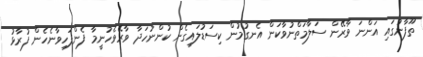
ތޫފާނުގައި އަންނަ ވާރޭން ސަލާމަތްނުވާކަން އެނގުމުން ކިސަޑުލައިގެން ކުންނުހަދާ ވާރޭވެހުނީމާ ފެންފަހިވާނެހެން ފުރާޅު